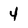
Character: 4